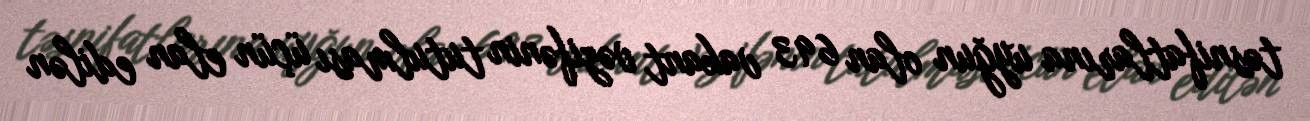
təsnifatlarına uyğun olan 693 vakant vəzifənin tutulması üçün elan edilən